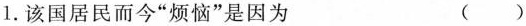
1.该国居民而今”烦恼”是因为 ( )